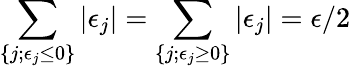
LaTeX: \sum_{\{ j;\epsilon_{j}\le 0\} }|\epsilon_{j}|=\sum_{\{ j;\epsilon_{j}\ge 0\} }|\epsilon_{j}|=\epsilon/2